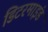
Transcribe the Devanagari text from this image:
डिटरमाइंड